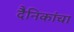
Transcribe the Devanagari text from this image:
दैनिकांचा